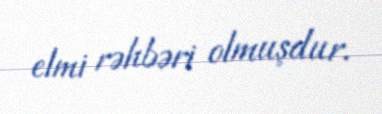
elmi rəhbəri olmuşdur.